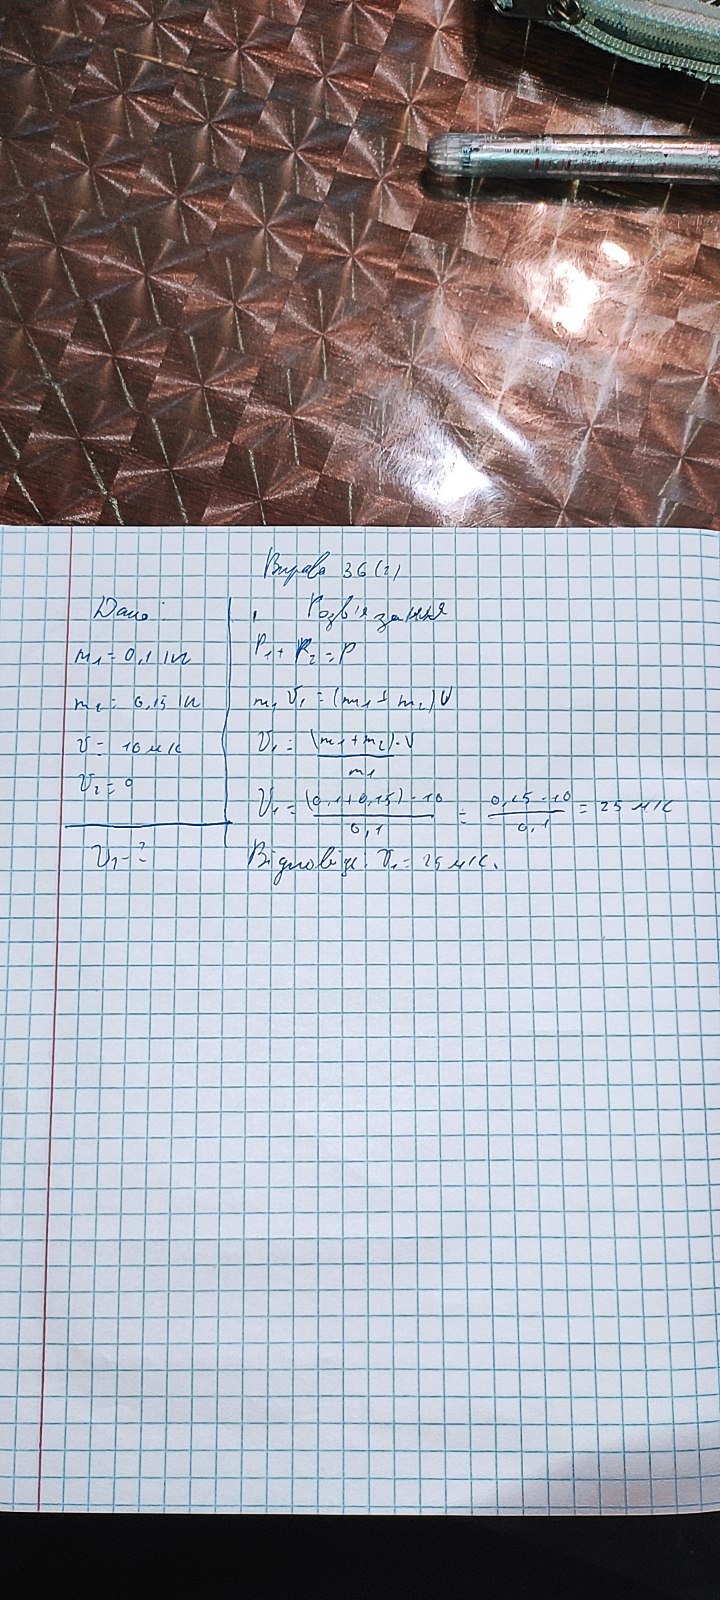
Вправа 36 (г)
Розв'язання
Дано:
P₁ + P₂ = P
m₁ = 0,1 m
m₁ = 6, 15 n
m₁ V₁ = (m₁ + m₂) V
V = 10 m/c
V₁ = (m₁ + m₂) ‧ V / m₁
V₂ = 0
V₁ = (0,1 +0,15) ‧ 10 / 0,1 = 0,15 ‧ 10 / 0,1 = 25 m/c
V₁ - ?
Відповідь: V₁ = 25 m/c